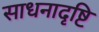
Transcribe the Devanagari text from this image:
साधनादृष्टि